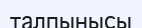
талпынысы